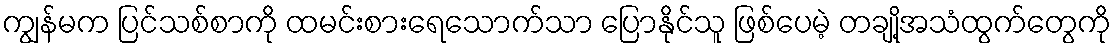
ကျွန်မက ပြင်သစ်စာကို ထမင်းစားရေသောက်သာ ပြောနိုင်သူ ဖြစ်ပေမဲ့ တချို့အသံထွက်တွေကို